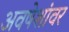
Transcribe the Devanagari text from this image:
अवषेशांवर